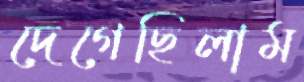
দেগেছিলাম